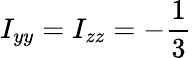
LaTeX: I_{yy}=I_{zz}=-\frac{1}{3}